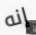
إنه